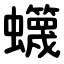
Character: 䘊